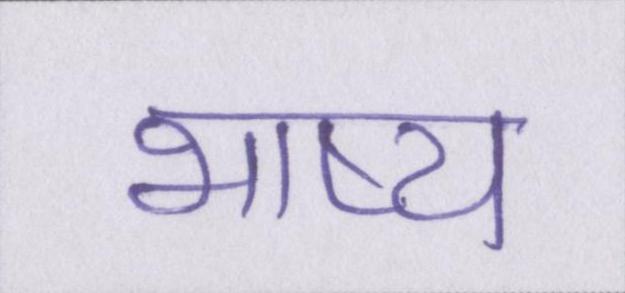
भाष्य